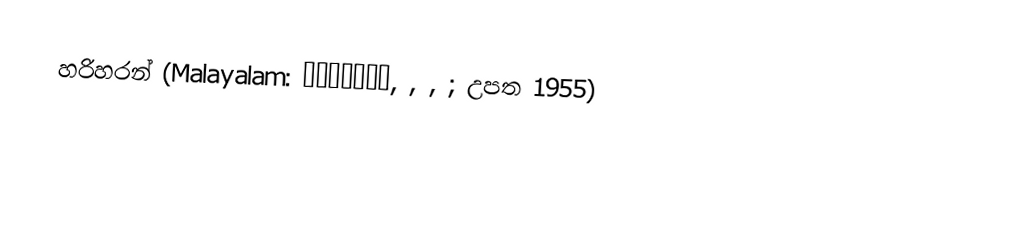
හරිහරන් (Malayalam: ഹരിഹരന്‍, , , ; උපත 1955)